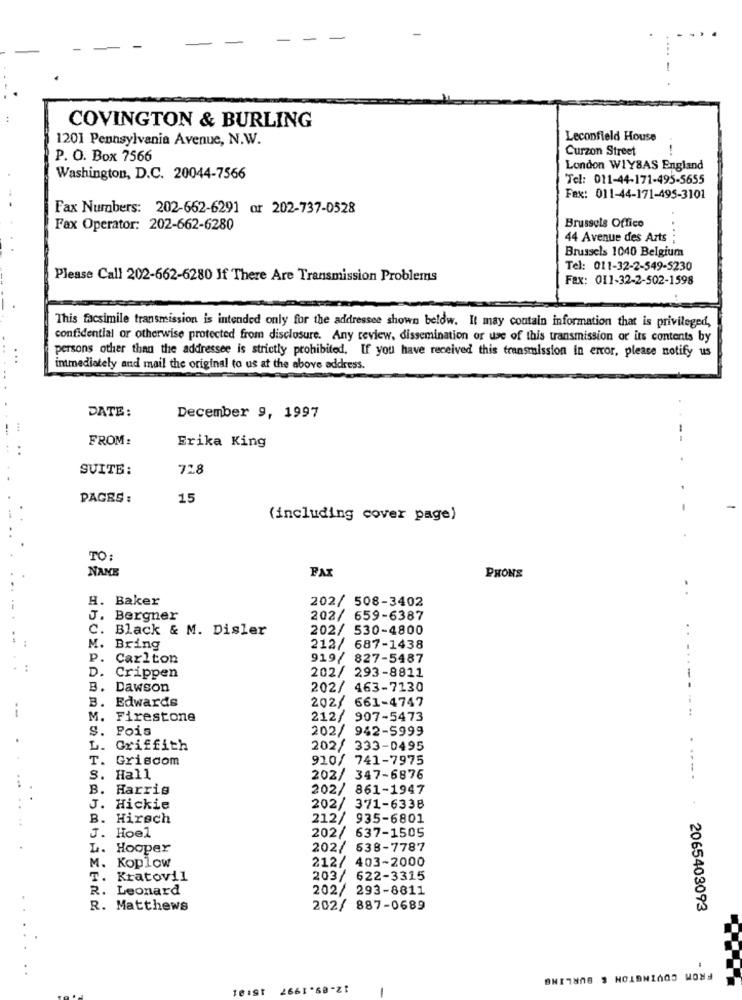
COVINGTON & BURLING
1201 Pennsylvania Avenue, N.W.
Leconfield House
Curzon Street
P. O. Box 7566
London WIYBAS England
Washington, D.C. 20044-7566
Tel: 011-44-171-495-5655
Fax: 011-44-171-495-3101
Fax Numbers: 202-662-6291 or 202-737-0528
Fax Operator: 202-662-6280
Brussels Offico
44 Avenue des Arts
Brussels 1040 Belgium
Tel: 011-32-2-549-5230
Please Call 202-662-6280 If There Are Transmission Problems
Fax: 011-32-2-502-1598
This facsimile transmission is intended only for the addressee shown below. It may contain information that is privileged,
confidential or otherwise protected from disclosure. Any review, dissemination or use of this transmission or its contents by
persons other than the addressee is strictly prohibited. If you have received this transmission in error, please notify us
inmediately and mail the original to us at the above address.
DATE:
December 9, 1997
FROM:
Erika King
----
SUITE:
728
PAGES :
15
(including cover page)
TO :
FAX
PHONE
NANE
..
H. Baker
202/ 508-3402
J.
Bergner
202/ 659-6387
C. Black & M. Disler
202/ 530-4800
M.
Bring
212/ 687-1438
. Carlton
919/ 827-5487
D.
202/ 293-8811
Crippen
B.
Dawson
202/ 463-7130
B.
Edwards
202/ 661-4747
M.
Firestone
212/ 907-5473
...
S.
Fois
202/ 942-5999
L.
Griffith
202/ 333-0495
T.
Griscom
910/ 741-7975
S.
Hall
202/ 347-6876
...
B.
Harris
202/ 861-1947
J. Hickie
202/ 371-6338
B. Hirsch
212/ 935-6801
J. Hoel
202/ 637-1505
L.
Hooper
202/ 538-7787
M.
212/ 403-2000
Koplow
T. Kratovil
203/ 622-3315
R.
Leonard
202/ 293-8811
R. Matthews
202/ 887-0689
2065403093
FROM COVINGTON & BURLING
2661'60-21